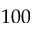
1 0 0